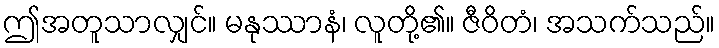
ဤအတူသာလျှင်။ မနုဿာနံ၊ လူတို့၏။ ဇီဝိတံ၊ အသက်သည်။